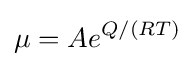
\mu =Ae^{Q/(RT)}